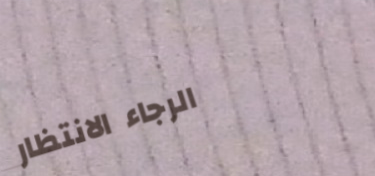
الرجاء الانتظار